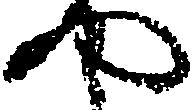
や